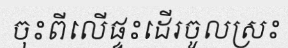
ចុះពីលើផ្ទះដើរចូលស្រះ